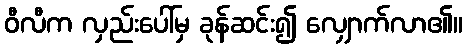
ဝီလီက လှည်းပေါ်မှ ခုန်ဆင်း၍ လျှောက်လာ၏။